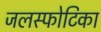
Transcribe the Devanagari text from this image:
जलस्फोटिका